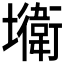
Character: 𡓎